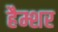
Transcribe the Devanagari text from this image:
हैम्शर